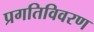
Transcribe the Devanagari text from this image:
प्रगतिविवरण